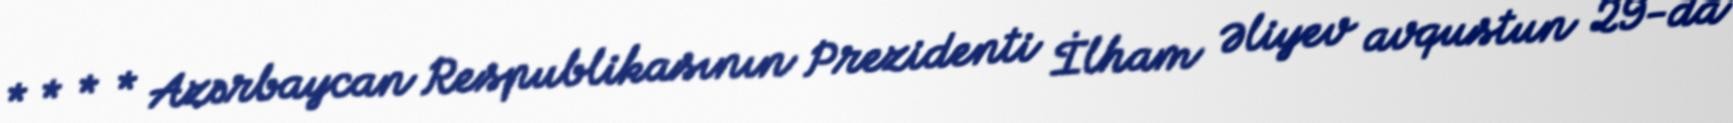
* * * * Azərbaycan Respublikasının Prezidenti İlham Əliyev avqustun 29-da